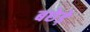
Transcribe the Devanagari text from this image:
बछेड़े